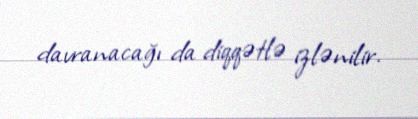
davranacağı da diqqətlə izlənilir.